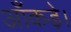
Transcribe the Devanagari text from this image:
आँकड़े।